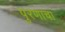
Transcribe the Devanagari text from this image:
पुरणाचा